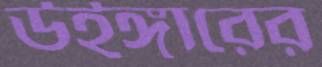
উইঙ্গারের